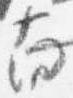
南